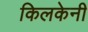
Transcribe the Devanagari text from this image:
किलकेनी